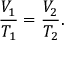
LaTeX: { \frac { V _ { 1 } } { T _ { 1 } } } = { \frac { V _ { 2 } } { T _ { 2 } } } .